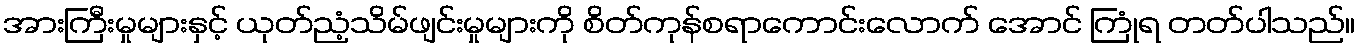
အားကြီးမှုများနှင့် ယုတ်ညံ့သိမ်ဖျင်းမှုများကို စိတ်ကုန်စရာကောင်းလောက် အောင် ကြုံရ တတ်ပါသည်။